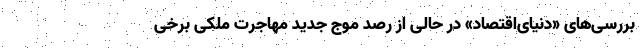
بررسی‌‌های «دنیای‌اقتصاد» در حالی از رصد موج جدید مهاجرت ملکی برخی